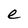
Character: e